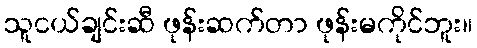
သူငယ်ချင်းဆီ ဖုန်းဆက်တာ ဖုန်းမကိုင်ဘူး။